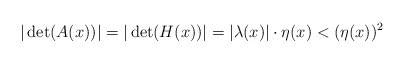
\begin{align*}|\det(A(x))|=|\det(H(x))|=|\lambda(x)|\cdot\eta(x)<(\eta(x))\sp2\end{align*}